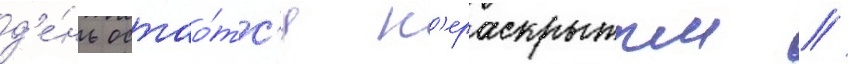
д'е́нь остао́тс'я н'ераскрытым //